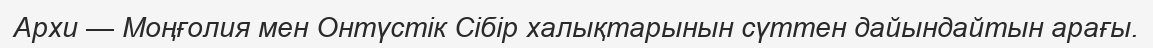
Архи — Моңғолия мен Онтүстік Сібір халықтарынын сүттен дайындайтын арағы.